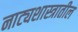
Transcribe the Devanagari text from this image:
नाट्यशास्त्रातील